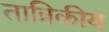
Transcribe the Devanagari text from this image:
तात्रिकीय